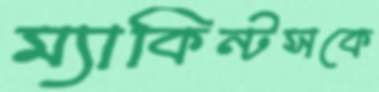
ম্যাকিন্টসকে